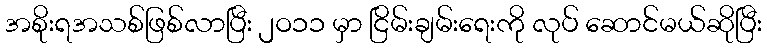
အစိုးရအသစ်ဖြစ်လာပြီး ၂ဝ၁၁ မှာ ငြိမ်းချမ်းရေးကို လုပ် ဆောင်မယ်ဆိုပြီး